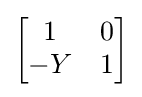
{\begin{bmatrix}1&0\\-Y&1\end{bmatrix}}